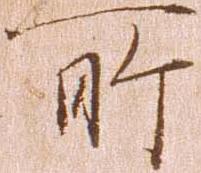
所